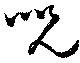
呪